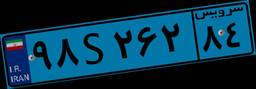
۹۸S۲۶۲۸۴